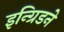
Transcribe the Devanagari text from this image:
इन्ग्रिडने